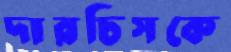
দারচিসকে